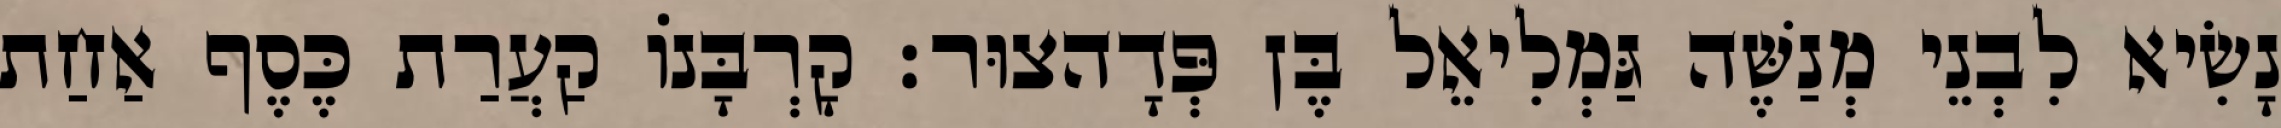
נָשִׂיא לִבְנֵי מְנַשֶּׁה גַּמְלִיאֵל בֶּן פְּדָהצוּר׃ קָרְבָּנוֹ קַעֲרַת כֶּסֶף אַחַת